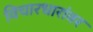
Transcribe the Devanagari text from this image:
विचारधारांवर